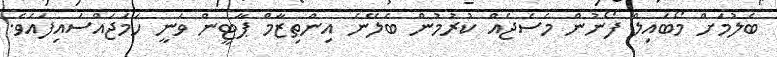
ބެލުމަށް މޯބައިލް ފޯނުން މެސެޖެއް ކުރުމުން ބެލޭނެ އިންތިޒާމް ޕާޓީން ވަނީ ހަމަޖައްސައިފައެވެ.